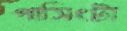
পাসিংটা